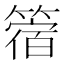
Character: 䈹